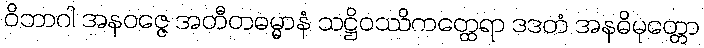
ဝိဘာဂါ အနဝဇ္ဇေ အတီတဓမ္မာနံ သဋ္ဌိဝဿိကတ္ထေရာ ဒဒတံ အနဓိမုတ္တော